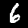
Digit: 6